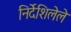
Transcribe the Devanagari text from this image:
निर्देशिलेले